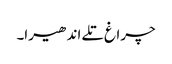
چراغ تلے اندھیرا۔